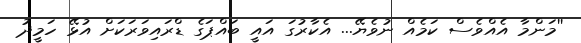
''މަންމާ އެއްވެސް ކަމެއް ނުވެޔޭ... އެކާރުގަ އައީ ބައްޕަގެ ޑްރައިވަރަކަށް އުޅޭ ހަމީދު